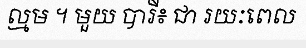
ល្មម ។ មួយ បារី៖ ជា រយៈពេល